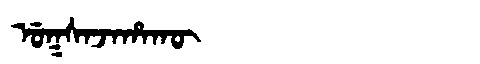
Manchu: ᡠᡴᠰᠠᠵᠠᡥᠠᡴᡡ
Romanization: UKSAJAHAKŪ